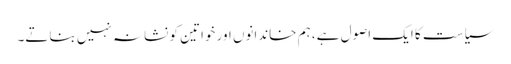
سیاست کا ایک اصول ہے، ہم خاندانوں اور خواتین کو نشانہ نہیں بناتے۔